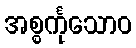
အစ္စင်္ကုသောဝ